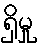
ရှိမှု